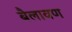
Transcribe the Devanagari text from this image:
बैलावण